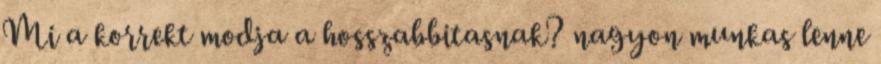
Mi a korrekt modja a hosszabbitasnak? nagyon munkas lenne